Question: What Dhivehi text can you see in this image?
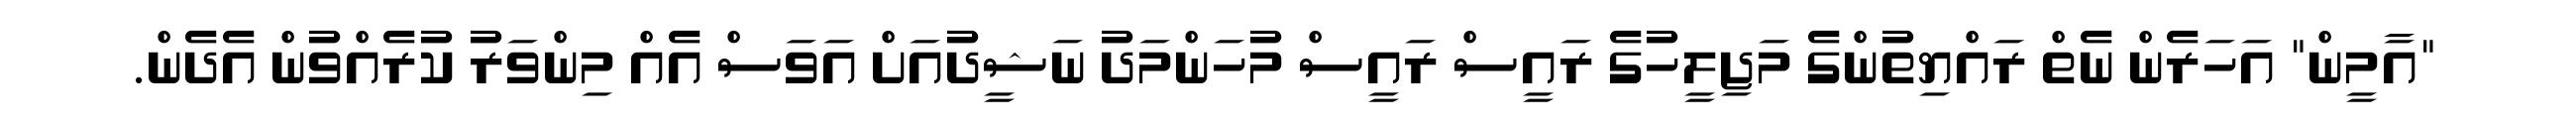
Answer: "އާމީން" އަހަރެން ނެތް ރައްޔިތުންގެ މަޖިލީހުގެ ރައީސް ރައީސް މުހަންމަދު ނަޝީދުއަށް އަވަސް އެއް މިންވަރު ކުރެއްވުން އެދެން.